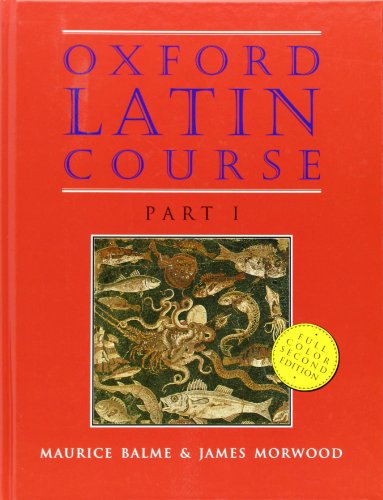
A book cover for Oxford Latin Course: Part I; Maurice Balme; Christian Books & Bibles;